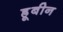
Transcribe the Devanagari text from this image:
ह्रूबीन